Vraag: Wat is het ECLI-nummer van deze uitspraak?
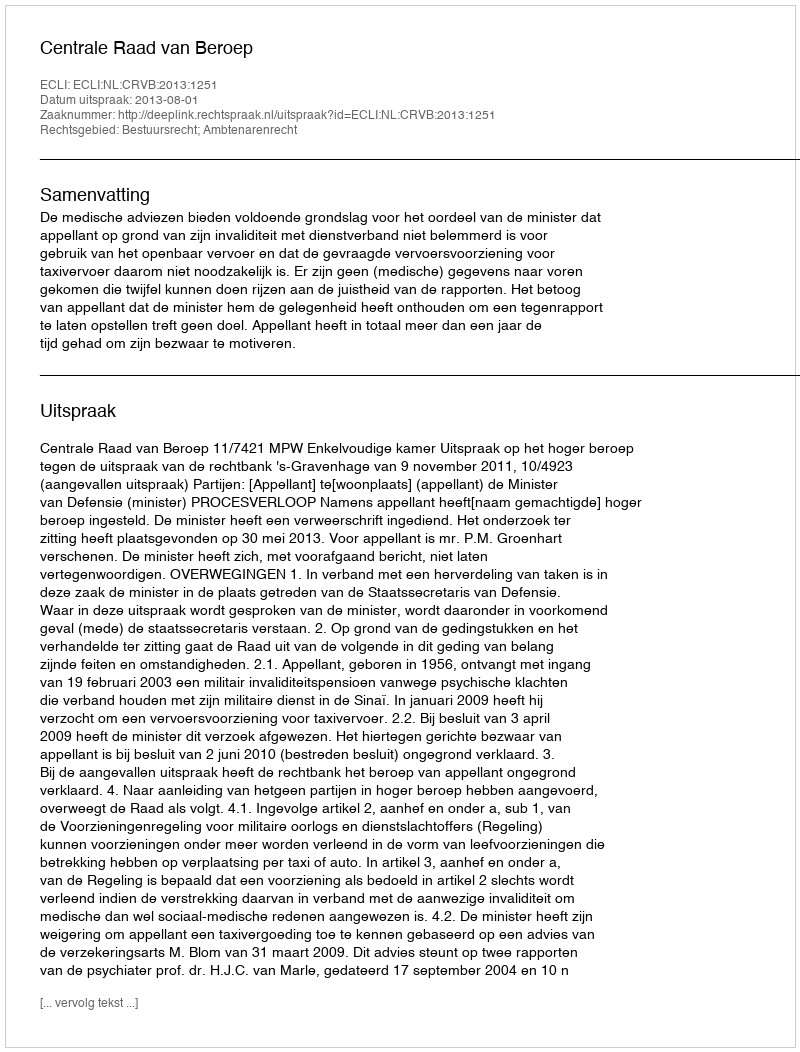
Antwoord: ECLI:NL:CRVB:2013:1251